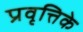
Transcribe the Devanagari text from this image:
प्रवृत्तिके